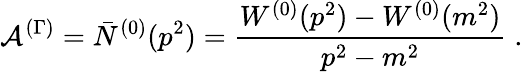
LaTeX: {\cal A}^{(\Gamma)}=\bar{N}^{(0)}(p^{2})=\frac{W^{(0)}(p^{2})-W^{(0)}(m^{2})}{p^{2}-m^{2}}\; .